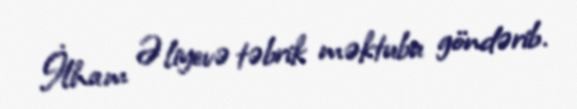
İlham Əliyevə təbrik məktubu göndərib.